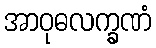
အာဝုဓလက္ခဏံ